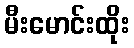
မီးမောင်းထိုး